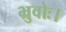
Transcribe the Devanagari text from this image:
भ्रुवोः।